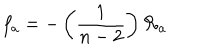
LaTeX: f _ { a } = - \left( \frac { 1 } { n - 2 } \right) \mathcal { R } _ { a }